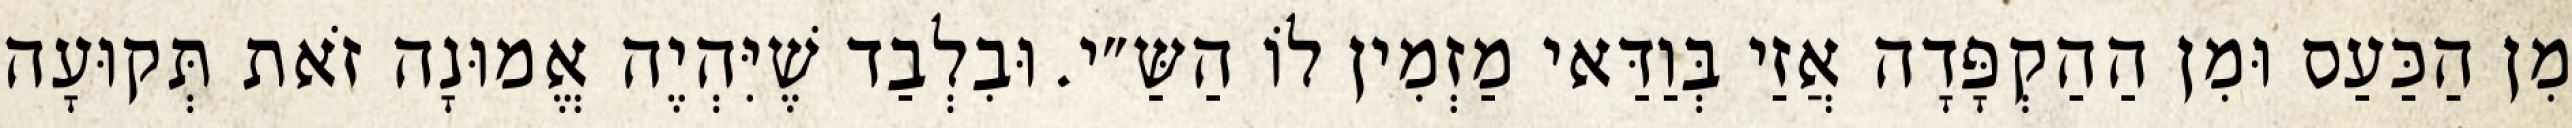
מִן הַכַּעַס וּמִן הַהַקְפָּדָה אֲזַי בְּוַדַּאי מַזְמִין לוֹ הַשַּ״י. וּבִלְבַד שֶׁיִּהְיֶה אֱמוּנָה זֹאת תְּקוּעָה